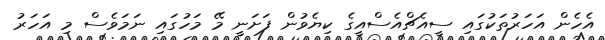
އެހެން އަހަރުތަކުގައި ސީއެޗްއެސްއީގެ ކިޔެވުން ފަށަނީ މޭ މަހުގައި ނަމަވެސް މި އަހަރު